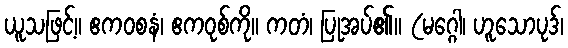
ယူသဖြင့်။ ဧကဝစနံ၊ ဧကဝုစ်ကို။ ကတံ၊ ပြုအပ်၏။ (မဂ္ဂေါ၊ ဟူသောပုဒ်၊